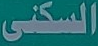
السكنى